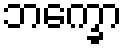
ဘက္ခော